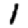
Digit: 1